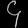
Digit: ၄